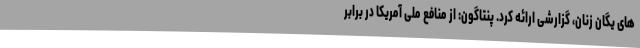
های یگان زنان، گزارشی ارائه کرد. پنتاگون: از منافع ملی آمریکا در برابر